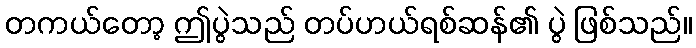
တကယ်တော့ ဤပွဲသည် တပ်ဟယ်ရစ်ဆန်၏ ပွဲ ဖြစ်သည်။